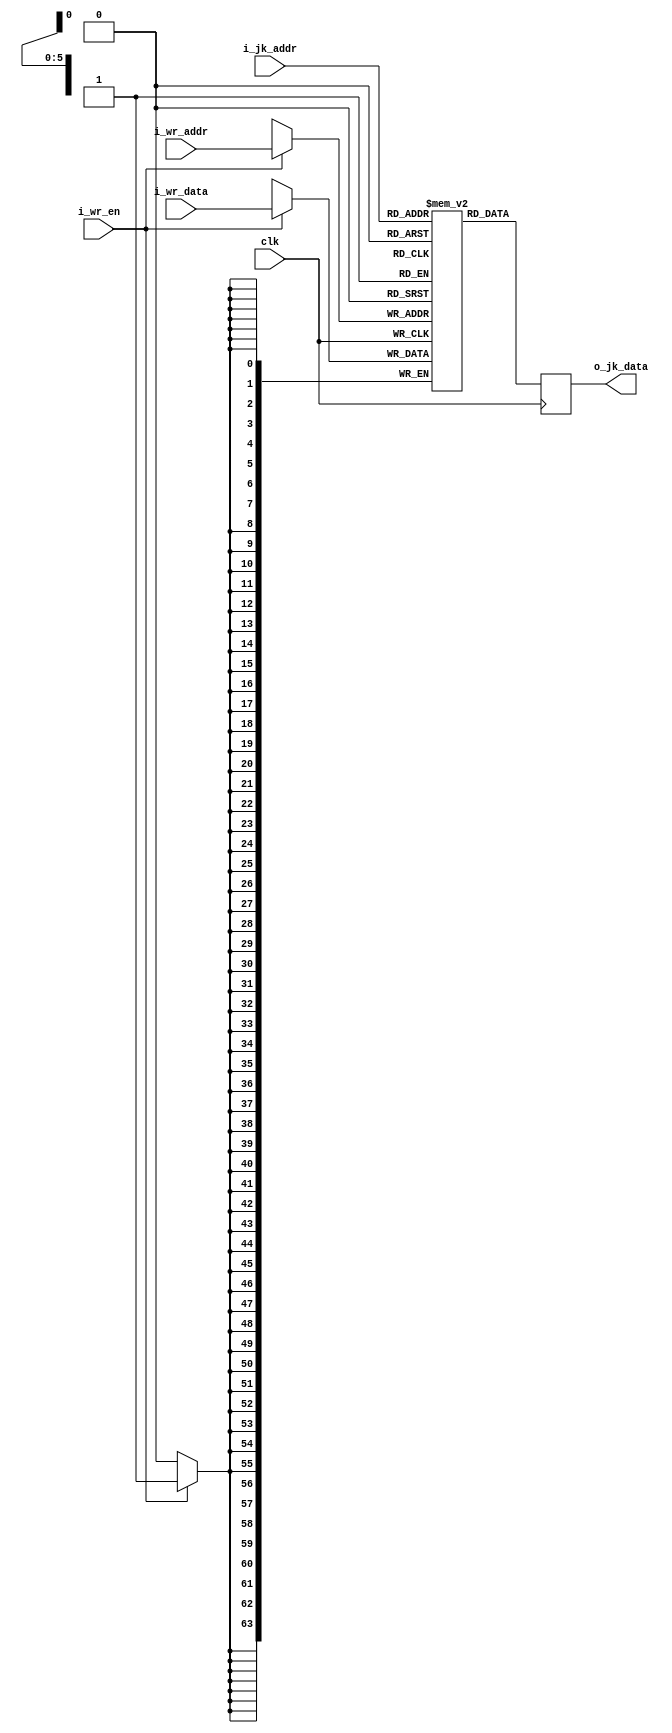
module t_regfile_hard (clk,
                  i_jk_addr,
                  o_jk_data,
                  i_wr_addr,
                  i_wr_data,
                  i_wr_en);

parameter WIDTH = 64;
parameter DEPTH = 64;
parameter LOGDEPTH = 6;


input  wire                clk;
input  wire [LOGDEPTH-1:0] i_jk_addr;
`ifndef USE_CORES
output reg  [WIDTH-1:0]    o_jk_data;
`else
output wire [WIDTH-1:0]		o_jk_data;
`endif
input  wire [LOGDEPTH-1:0] i_wr_addr;
input  wire [WIDTH-1:0]    i_wr_data;
input  wire                i_wr_en;

wire [WIDTH-1:0] read_data;

`ifndef USE_CORES

reg [WIDTH-1:0] data [DEPTH-1:0];     //the actual registers

//write a register
always@(posedge clk)
   if(i_wr_en)
      data[i_wr_addr] <= i_wr_data;

//read registers
always@(posedge clk)
   o_jk_data <= data[i_jk_addr];

`else

hard_v_reg tmem (
	.clka(clk),
	.wea(i_wr_en), 
	.addra(i_wr_addr), 
	.dina(i_wr_data), 
	.clkb(clk),
//	.rstb(rst),
	.enb(1),
	.addrb(i_jk_addr),
	.doutb(o_jk_data)); // Bus [63 : 0] 

`endif // USE_CORES


endmodule